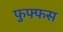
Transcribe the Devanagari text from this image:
फुफ्फस